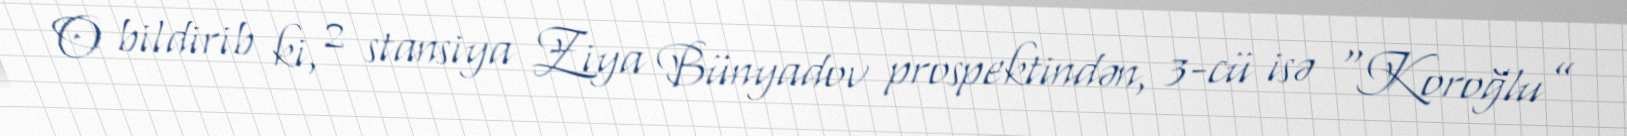
O bildirib ki, 2 stansiya Ziya Bünyadov prospektindən, 3-cü isə “Koroğlu”